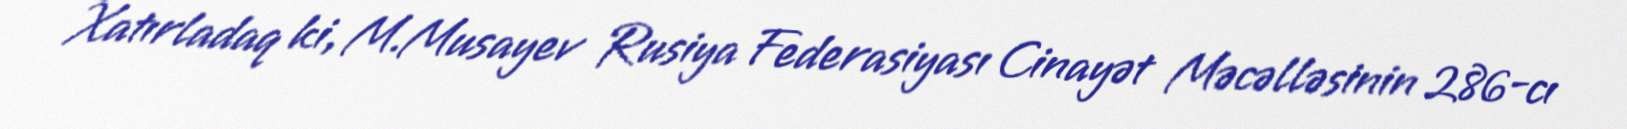
Xatırladaq ki, M.Musayev Rusiya Federasiyası Cinayət Məcəlləsinin 286-cı